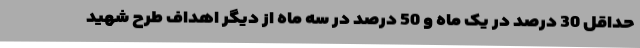
حداقل 30 درصد در یک ماه و 50 درصد در سه ماه از دیگر اهداف طرح شهید